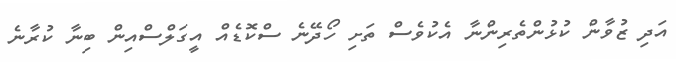
އަދި ޒުވާން ކުޅުންތެރިންނާ އެކުވެސް ތަށި ހޯދޭނެ ސްކޮޑެއް އީގަލްސްއިން ބިނާ ކުރާނެ